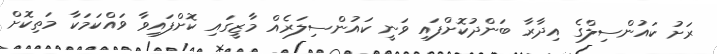
ރަށު ކައުންސިލްގެ އިދާރާ ބަންދުކޮށްފައި ވަނީ ކައުންސިލަރެއް މާޒީގައި ކޮށްފައިވާ ވައްކަމަކާ މަތިކޮށް